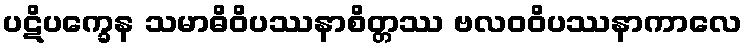
ပဋိပက္ခေန သမာဓိဝိပဿနာစိတ္တဿ ဗလဝဝိပဿနာကာလေ